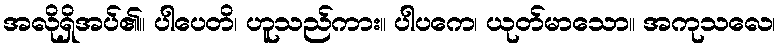
အလိုရှိအပ်၏။ ပါပေတိ၊ ဟူသည်ကား။ ပါပကေ၊ ယုတ်မာသော။ အကုသလေ၊